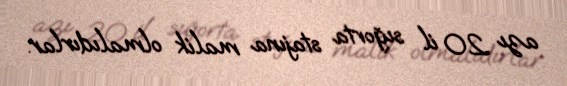
azı 20 il sığorta stajına malik olmalıdırlar.